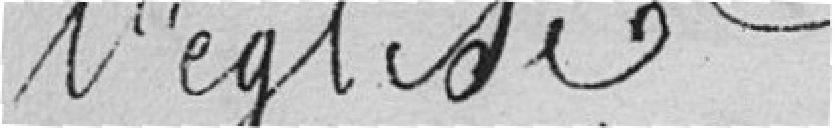
l'église